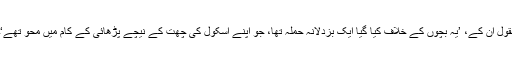
بقول اُن کے، ’یہ بچوں کے خلاف کیا گیا ایک بزدلانہ حملہ تھا، جو اپنے اسکول کی چھت کے نیچے پڑھائی کے کام میں محو تھے‘۔